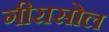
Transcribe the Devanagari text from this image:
गीरासोल